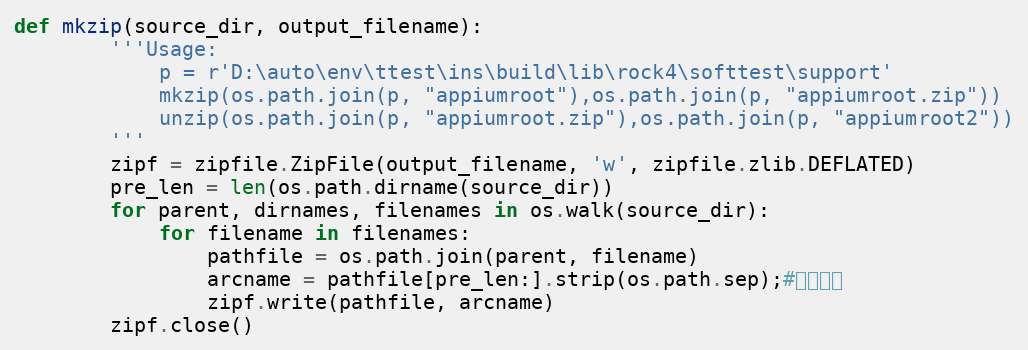
Language: Python
def mkzip(source_dir, output_filename):
        '''Usage:
            p = r'D:\auto\env\ttest\ins\build\lib\rock4\softtest\support'
            mkzip(os.path.join(p, "appiumroot"),os.path.join(p, "appiumroot.zip"))
            unzip(os.path.join(p, "appiumroot.zip"),os.path.join(p, "appiumroot2"))
        '''
        zipf = zipfile.ZipFile(output_filename, 'w', zipfile.zlib.DEFLATED)
        pre_len = len(os.path.dirname(source_dir))
        for parent, dirnames, filenames in os.walk(source_dir):
            for filename in filenames:
                pathfile = os.path.join(parent, filename)
                arcname = pathfile[pre_len:].strip(os.path.sep);#相对路径
                zipf.write(pathfile, arcname)
        zipf.close()